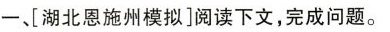
一、[湖北恩施州模拟]阅读下文，完成问题。